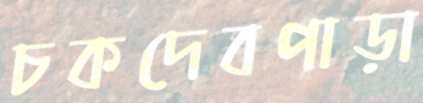
চকদেবপাড়া